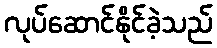
လုပ်ဆောင်နိုင်ခဲ့သည်